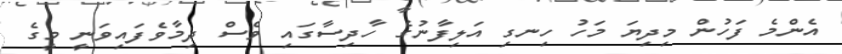
އެންމެ ފަހުން މިދިޔަ މަހު ހިނގި އަލިފާނުގެ ހާދިސާގައި ވެސް ދިމާވެފައިވަނީ މީގެ